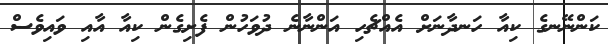
ކަންނޭނގެ ކިއާ ހަނދާނަށް އެއްޗެހި އަންނާނެ ދުވަހުން ފެށިގެން ކިއާ އާއި ވައިވެސް